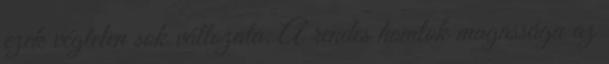
ezek végtelen sok változata. A rendes homlok magassága az